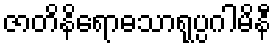
ဇာတိနိရောဓသာရုပ္ပဂါမိနီ